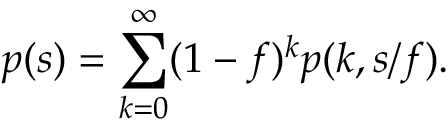
p ( s ) = \sum _ { k = 0 } ^ { \infty } ( 1 - f ) ^ { k } p ( k , s / f ) .